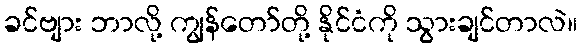
ခင်ဗျား ဘာလို့ ကျွန်တော်တို့ နိုင်ငံကို သွားချင်တာလဲ။